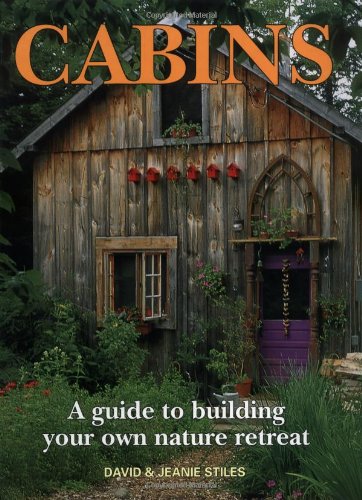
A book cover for Cabins: A Guide to Building Your Own Nature Retreat; David Stiles; Crafts, Hobbies & Home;